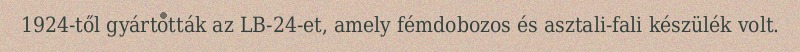
1924-től gyártották az LB-24-et, amely fémdobozos és asztali-fali készülék volt.